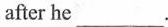
after he___